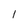
Character: l